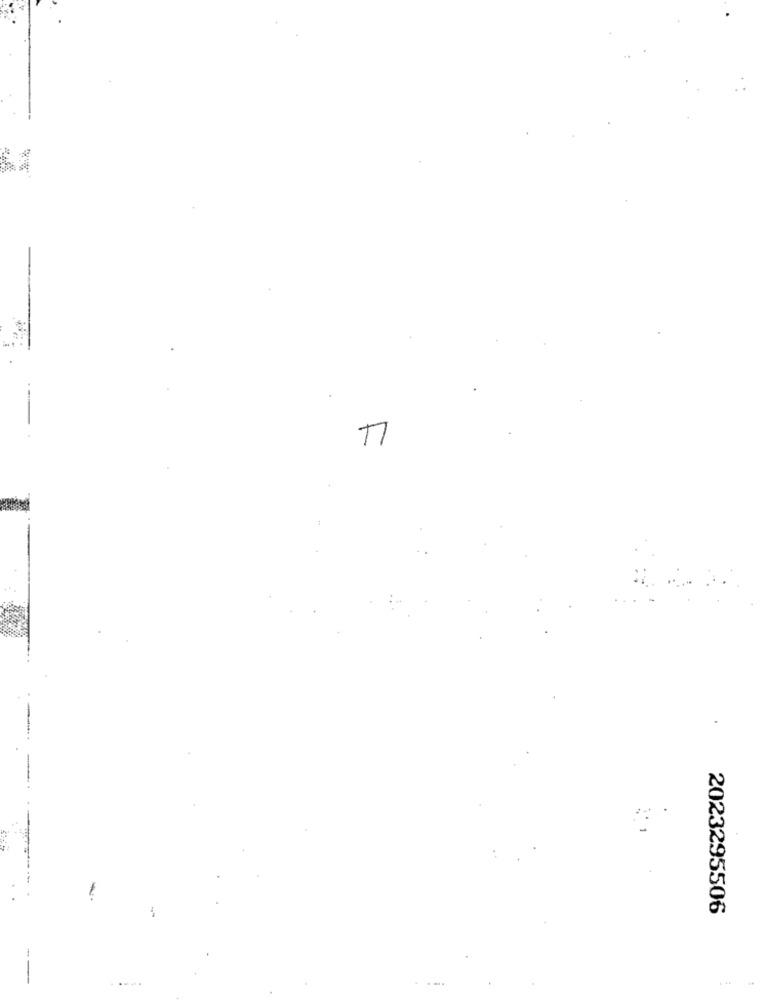
2023295506
-
. .